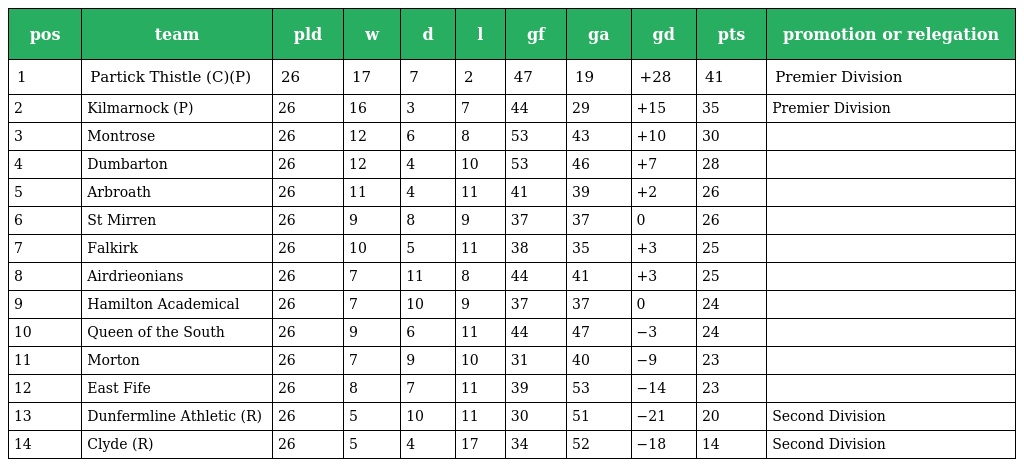
| pos | team | pld | w | d | l | gf | ga | gd | pts | promotion or relegation |
 | --- | --- | --- | --- | --- | --- | --- | --- | --- | --- | --- |
 | 1 | Partick Thistle (C)(P) | 26 | 17 | 7 | 2 | 47 | 19 | +28 | 41 | Premier Division |
 | 2 | Kilmarnock (P) | 26 | 16 | 3 | 7 | 44 | 29 | +15 | 35 | Premier Division |
 | 3 | Montrose | 26 | 12 | 6 | 8 | 53 | 43 | +10 | 30 |  |
 | 4 | Dumbarton | 26 | 12 | 4 | 10 | 53 | 46 | +7 | 28 |  |
 | 5 | Arbroath | 26 | 11 | 4 | 11 | 41 | 39 | +2 | 26 |  |
 | 6 | St Mirren | 26 | 9 | 8 | 9 | 37 | 37 | 0 | 26 |  |
 | 7 | Falkirk | 26 | 10 | 5 | 11 | 38 | 35 | +3 | 25 |  |
 | 8 | Airdrieonians | 26 | 7 | 11 | 8 | 44 | 41 | +3 | 25 |  |
 | 9 | Hamilton Academical | 26 | 7 | 10 | 9 | 37 | 37 | 0 | 24 |  |
 | 10 | Queen of the South | 26 | 9 | 6 | 11 | 44 | 47 | −3 | 24 |  |
 | 11 | Morton | 26 | 7 | 9 | 10 | 31 | 40 | −9 | 23 |  |
 | 12 | East Fife | 26 | 8 | 7 | 11 | 39 | 53 | −14 | 23 |  |
 | 13 | Dunfermline Athletic (R) | 26 | 5 | 10 | 11 | 30 | 51 | −21 | 20 | Second Division |
 | 14 | Clyde (R) | 26 | 5 | 4 | 17 | 34 | 52 | −18 | 14 | Second Division |